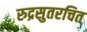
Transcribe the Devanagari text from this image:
रुद्रसुतरचित